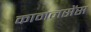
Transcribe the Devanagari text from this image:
कामनसेंस